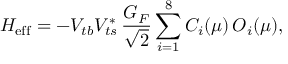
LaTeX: H _ { \mathrm { e f f } } = - V _ { t b } V _ { t s } ^ { * } \, \frac { G _ { F } } { \sqrt { 2 } } \sum _ { i = 1 } ^ { 8 } C _ { i } ( \mu ) \, { \cal O } _ { i } ( \mu ) ,